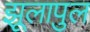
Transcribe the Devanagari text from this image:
झूलापुल